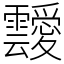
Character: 靉